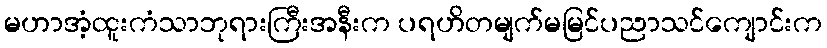
မဟာအံ့ထူးကံသာဘုရားကြီးအနီးက ပရဟိတမျက်မမြင်ပညာသင်ကျောင်းက